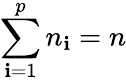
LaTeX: \sum\limits_{\mathbf{i}=1}^{p}n_{\mathbf{i}}=n